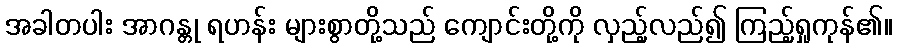
အခါတပါး အာဂန္တု ရဟန်း များစွာတို့သည် ကျောင်းတို့ကို လှည့်လည်၍ ကြည့်ရှုကုန်၏။